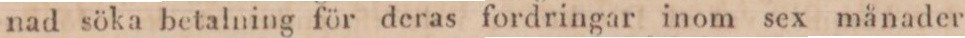
nad söka betalning för deras fordringar inom sex månader